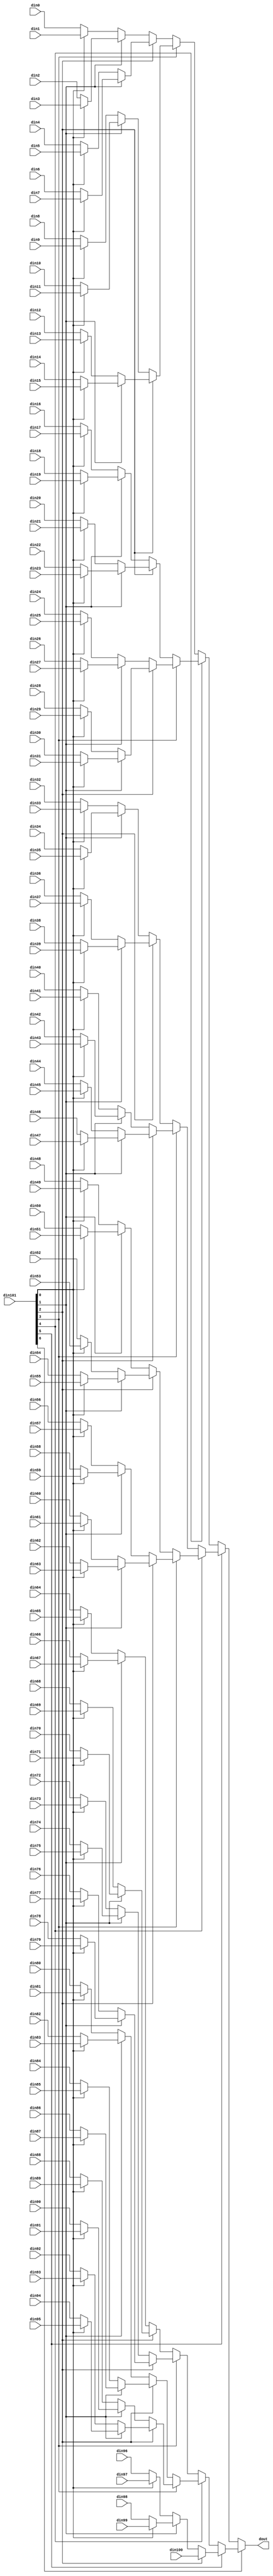
// ==============================================================
// Vitis HLS - High-Level Synthesis from C, C++ and OpenCL v2022.1 (64-bit)
// Tool Version Limit: 2022.04
// Copyright 1986-2022 Xilinx, Inc. All Rights Reserved.
// ==============================================================

`timescale 1ns/1ps

module vadd_mux_1017_32_1_1 #(
parameter
    ID                = 0,
    NUM_STAGE         = 1,
    din0_WIDTH       = 32,
    din1_WIDTH       = 32,
    din2_WIDTH       = 32,
    din3_WIDTH       = 32,
    din4_WIDTH       = 32,
    din5_WIDTH       = 32,
    din6_WIDTH       = 32,
    din7_WIDTH       = 32,
    din8_WIDTH       = 32,
    din9_WIDTH       = 32,
    din10_WIDTH       = 32,
    din11_WIDTH       = 32,
    din12_WIDTH       = 32,
    din13_WIDTH       = 32,
    din14_WIDTH       = 32,
    din15_WIDTH       = 32,
    din16_WIDTH       = 32,
    din17_WIDTH       = 32,
    din18_WIDTH       = 32,
    din19_WIDTH       = 32,
    din20_WIDTH       = 32,
    din21_WIDTH       = 32,
    din22_WIDTH       = 32,
    din23_WIDTH       = 32,
    din24_WIDTH       = 32,
    din25_WIDTH       = 32,
    din26_WIDTH       = 32,
    din27_WIDTH       = 32,
    din28_WIDTH       = 32,
    din29_WIDTH       = 32,
    din30_WIDTH       = 32,
    din31_WIDTH       = 32,
    din32_WIDTH       = 32,
    din33_WIDTH       = 32,
    din34_WIDTH       = 32,
    din35_WIDTH       = 32,
    din36_WIDTH       = 32,
    din37_WIDTH       = 32,
    din38_WIDTH       = 32,
    din39_WIDTH       = 32,
    din40_WIDTH       = 32,
    din41_WIDTH       = 32,
    din42_WIDTH       = 32,
    din43_WIDTH       = 32,
    din44_WIDTH       = 32,
    din45_WIDTH       = 32,
    din46_WIDTH       = 32,
    din47_WIDTH       = 32,
    din48_WIDTH       = 32,
    din49_WIDTH       = 32,
    din50_WIDTH       = 32,
    din51_WIDTH       = 32,
    din52_WIDTH       = 32,
    din53_WIDTH       = 32,
    din54_WIDTH       = 32,
    din55_WIDTH       = 32,
    din56_WIDTH       = 32,
    din57_WIDTH       = 32,
    din58_WIDTH       = 32,
    din59_WIDTH       = 32,
    din60_WIDTH       = 32,
    din61_WIDTH       = 32,
    din62_WIDTH       = 32,
    din63_WIDTH       = 32,
    din64_WIDTH       = 32,
    din65_WIDTH       = 32,
    din66_WIDTH       = 32,
    din67_WIDTH       = 32,
    din68_WIDTH       = 32,
    din69_WIDTH       = 32,
    din70_WIDTH       = 32,
    din71_WIDTH       = 32,
    din72_WIDTH       = 32,
    din73_WIDTH       = 32,
    din74_WIDTH       = 32,
    din75_WIDTH       = 32,
    din76_WIDTH       = 32,
    din77_WIDTH       = 32,
    din78_WIDTH       = 32,
    din79_WIDTH       = 32,
    din80_WIDTH       = 32,
    din81_WIDTH       = 32,
    din82_WIDTH       = 32,
    din83_WIDTH       = 32,
    din84_WIDTH       = 32,
    din85_WIDTH       = 32,
    din86_WIDTH       = 32,
    din87_WIDTH       = 32,
    din88_WIDTH       = 32,
    din89_WIDTH       = 32,
    din90_WIDTH       = 32,
    din91_WIDTH       = 32,
    din92_WIDTH       = 32,
    din93_WIDTH       = 32,
    din94_WIDTH       = 32,
    din95_WIDTH       = 32,
    din96_WIDTH       = 32,
    din97_WIDTH       = 32,
    din98_WIDTH       = 32,
    din99_WIDTH       = 32,
    din100_WIDTH       = 32,
    din101_WIDTH         = 32,
    dout_WIDTH            = 32
)(
    input  [31 : 0]     din0,
    input  [31 : 0]     din1,
    input  [31 : 0]     din2,
    input  [31 : 0]     din3,
    input  [31 : 0]     din4,
    input  [31 : 0]     din5,
    input  [31 : 0]     din6,
    input  [31 : 0]     din7,
    input  [31 : 0]     din8,
    input  [31 : 0]     din9,
    input  [31 : 0]     din10,
    input  [31 : 0]     din11,
    input  [31 : 0]     din12,
    input  [31 : 0]     din13,
    input  [31 : 0]     din14,
    input  [31 : 0]     din15,
    input  [31 : 0]     din16,
    input  [31 : 0]     din17,
    input  [31 : 0]     din18,
    input  [31 : 0]     din19,
    input  [31 : 0]     din20,
    input  [31 : 0]     din21,
    input  [31 : 0]     din22,
    input  [31 : 0]     din23,
    input  [31 : 0]     din24,
    input  [31 : 0]     din25,
    input  [31 : 0]     din26,
    input  [31 : 0]     din27,
    input  [31 : 0]     din28,
    input  [31 : 0]     din29,
    input  [31 : 0]     din30,
    input  [31 : 0]     din31,
    input  [31 : 0]     din32,
    input  [31 : 0]     din33,
    input  [31 : 0]     din34,
    input  [31 : 0]     din35,
    input  [31 : 0]     din36,
    input  [31 : 0]     din37,
    input  [31 : 0]     din38,
    input  [31 : 0]     din39,
    input  [31 : 0]     din40,
    input  [31 : 0]     din41,
    input  [31 : 0]     din42,
    input  [31 : 0]     din43,
    input  [31 : 0]     din44,
    input  [31 : 0]     din45,
    input  [31 : 0]     din46,
    input  [31 : 0]     din47,
    input  [31 : 0]     din48,
    input  [31 : 0]     din49,
    input  [31 : 0]     din50,
    input  [31 : 0]     din51,
    input  [31 : 0]     din52,
    input  [31 : 0]     din53,
    input  [31 : 0]     din54,
    input  [31 : 0]     din55,
    input  [31 : 0]     din56,
    input  [31 : 0]     din57,
    input  [31 : 0]     din58,
    input  [31 : 0]     din59,
    input  [31 : 0]     din60,
    input  [31 : 0]     din61,
    input  [31 : 0]     din62,
    input  [31 : 0]     din63,
    input  [31 : 0]     din64,
    input  [31 : 0]     din65,
    input  [31 : 0]     din66,
    input  [31 : 0]     din67,
    input  [31 : 0]     din68,
    input  [31 : 0]     din69,
    input  [31 : 0]     din70,
    input  [31 : 0]     din71,
    input  [31 : 0]     din72,
    input  [31 : 0]     din73,
    input  [31 : 0]     din74,
    input  [31 : 0]     din75,
    input  [31 : 0]     din76,
    input  [31 : 0]     din77,
    input  [31 : 0]     din78,
    input  [31 : 0]     din79,
    input  [31 : 0]     din80,
    input  [31 : 0]     din81,
    input  [31 : 0]     din82,
    input  [31 : 0]     din83,
    input  [31 : 0]     din84,
    input  [31 : 0]     din85,
    input  [31 : 0]     din86,
    input  [31 : 0]     din87,
    input  [31 : 0]     din88,
    input  [31 : 0]     din89,
    input  [31 : 0]     din90,
    input  [31 : 0]     din91,
    input  [31 : 0]     din92,
    input  [31 : 0]     din93,
    input  [31 : 0]     din94,
    input  [31 : 0]     din95,
    input  [31 : 0]     din96,
    input  [31 : 0]     din97,
    input  [31 : 0]     din98,
    input  [31 : 0]     din99,
    input  [31 : 0]     din100,
    input  [6 : 0]    din101,
    output [31 : 0]   dout);

// puts internal signals
wire [6 : 0]     sel;
// level 1 signals
wire [31 : 0]         mux_1_0;
wire [31 : 0]         mux_1_1;
wire [31 : 0]         mux_1_2;
wire [31 : 0]         mux_1_3;
wire [31 : 0]         mux_1_4;
wire [31 : 0]         mux_1_5;
wire [31 : 0]         mux_1_6;
wire [31 : 0]         mux_1_7;
wire [31 : 0]         mux_1_8;
wire [31 : 0]         mux_1_9;
wire [31 : 0]         mux_1_10;
wire [31 : 0]         mux_1_11;
wire [31 : 0]         mux_1_12;
wire [31 : 0]         mux_1_13;
wire [31 : 0]         mux_1_14;
wire [31 : 0]         mux_1_15;
wire [31 : 0]         mux_1_16;
wire [31 : 0]         mux_1_17;
wire [31 : 0]         mux_1_18;
wire [31 : 0]         mux_1_19;
wire [31 : 0]         mux_1_20;
wire [31 : 0]         mux_1_21;
wire [31 : 0]         mux_1_22;
wire [31 : 0]         mux_1_23;
wire [31 : 0]         mux_1_24;
wire [31 : 0]         mux_1_25;
wire [31 : 0]         mux_1_26;
wire [31 : 0]         mux_1_27;
wire [31 : 0]         mux_1_28;
wire [31 : 0]         mux_1_29;
wire [31 : 0]         mux_1_30;
wire [31 : 0]         mux_1_31;
wire [31 : 0]         mux_1_32;
wire [31 : 0]         mux_1_33;
wire [31 : 0]         mux_1_34;
wire [31 : 0]         mux_1_35;
wire [31 : 0]         mux_1_36;
wire [31 : 0]         mux_1_37;
wire [31 : 0]         mux_1_38;
wire [31 : 0]         mux_1_39;
wire [31 : 0]         mux_1_40;
wire [31 : 0]         mux_1_41;
wire [31 : 0]         mux_1_42;
wire [31 : 0]         mux_1_43;
wire [31 : 0]         mux_1_44;
wire [31 : 0]         mux_1_45;
wire [31 : 0]         mux_1_46;
wire [31 : 0]         mux_1_47;
wire [31 : 0]         mux_1_48;
wire [31 : 0]         mux_1_49;
wire [31 : 0]         mux_1_50;
// level 2 signals
wire [31 : 0]         mux_2_0;
wire [31 : 0]         mux_2_1;
wire [31 : 0]         mux_2_2;
wire [31 : 0]         mux_2_3;
wire [31 : 0]         mux_2_4;
wire [31 : 0]         mux_2_5;
wire [31 : 0]         mux_2_6;
wire [31 : 0]         mux_2_7;
wire [31 : 0]         mux_2_8;
wire [31 : 0]         mux_2_9;
wire [31 : 0]         mux_2_10;
wire [31 : 0]         mux_2_11;
wire [31 : 0]         mux_2_12;
wire [31 : 0]         mux_2_13;
wire [31 : 0]         mux_2_14;
wire [31 : 0]         mux_2_15;
wire [31 : 0]         mux_2_16;
wire [31 : 0]         mux_2_17;
wire [31 : 0]         mux_2_18;
wire [31 : 0]         mux_2_19;
wire [31 : 0]         mux_2_20;
wire [31 : 0]         mux_2_21;
wire [31 : 0]         mux_2_22;
wire [31 : 0]         mux_2_23;
wire [31 : 0]         mux_2_24;
wire [31 : 0]         mux_2_25;
// level 3 signals
wire [31 : 0]         mux_3_0;
wire [31 : 0]         mux_3_1;
wire [31 : 0]         mux_3_2;
wire [31 : 0]         mux_3_3;
wire [31 : 0]         mux_3_4;
wire [31 : 0]         mux_3_5;
wire [31 : 0]         mux_3_6;
wire [31 : 0]         mux_3_7;
wire [31 : 0]         mux_3_8;
wire [31 : 0]         mux_3_9;
wire [31 : 0]         mux_3_10;
wire [31 : 0]         mux_3_11;
wire [31 : 0]         mux_3_12;
// level 4 signals
wire [31 : 0]         mux_4_0;
wire [31 : 0]         mux_4_1;
wire [31 : 0]         mux_4_2;
wire [31 : 0]         mux_4_3;
wire [31 : 0]         mux_4_4;
wire [31 : 0]         mux_4_5;
wire [31 : 0]         mux_4_6;
// level 5 signals
wire [31 : 0]         mux_5_0;
wire [31 : 0]         mux_5_1;
wire [31 : 0]         mux_5_2;
wire [31 : 0]         mux_5_3;
// level 6 signals
wire [31 : 0]         mux_6_0;
wire [31 : 0]         mux_6_1;
// level 7 signals
wire [31 : 0]         mux_7_0;

assign sel = din101;

// Generate level 1 logic
assign mux_1_0 = (sel[0] == 0)? din0 : din1;
assign mux_1_1 = (sel[0] == 0)? din2 : din3;
assign mux_1_2 = (sel[0] == 0)? din4 : din5;
assign mux_1_3 = (sel[0] == 0)? din6 : din7;
assign mux_1_4 = (sel[0] == 0)? din8 : din9;
assign mux_1_5 = (sel[0] == 0)? din10 : din11;
assign mux_1_6 = (sel[0] == 0)? din12 : din13;
assign mux_1_7 = (sel[0] == 0)? din14 : din15;
assign mux_1_8 = (sel[0] == 0)? din16 : din17;
assign mux_1_9 = (sel[0] == 0)? din18 : din19;
assign mux_1_10 = (sel[0] == 0)? din20 : din21;
assign mux_1_11 = (sel[0] == 0)? din22 : din23;
assign mux_1_12 = (sel[0] == 0)? din24 : din25;
assign mux_1_13 = (sel[0] == 0)? din26 : din27;
assign mux_1_14 = (sel[0] == 0)? din28 : din29;
assign mux_1_15 = (sel[0] == 0)? din30 : din31;
assign mux_1_16 = (sel[0] == 0)? din32 : din33;
assign mux_1_17 = (sel[0] == 0)? din34 : din35;
assign mux_1_18 = (sel[0] == 0)? din36 : din37;
assign mux_1_19 = (sel[0] == 0)? din38 : din39;
assign mux_1_20 = (sel[0] == 0)? din40 : din41;
assign mux_1_21 = (sel[0] == 0)? din42 : din43;
assign mux_1_22 = (sel[0] == 0)? din44 : din45;
assign mux_1_23 = (sel[0] == 0)? din46 : din47;
assign mux_1_24 = (sel[0] == 0)? din48 : din49;
assign mux_1_25 = (sel[0] == 0)? din50 : din51;
assign mux_1_26 = (sel[0] == 0)? din52 : din53;
assign mux_1_27 = (sel[0] == 0)? din54 : din55;
assign mux_1_28 = (sel[0] == 0)? din56 : din57;
assign mux_1_29 = (sel[0] == 0)? din58 : din59;
assign mux_1_30 = (sel[0] == 0)? din60 : din61;
assign mux_1_31 = (sel[0] == 0)? din62 : din63;
assign mux_1_32 = (sel[0] == 0)? din64 : din65;
assign mux_1_33 = (sel[0] == 0)? din66 : din67;
assign mux_1_34 = (sel[0] == 0)? din68 : din69;
assign mux_1_35 = (sel[0] == 0)? din70 : din71;
assign mux_1_36 = (sel[0] == 0)? din72 : din73;
assign mux_1_37 = (sel[0] == 0)? din74 : din75;
assign mux_1_38 = (sel[0] == 0)? din76 : din77;
assign mux_1_39 = (sel[0] == 0)? din78 : din79;
assign mux_1_40 = (sel[0] == 0)? din80 : din81;
assign mux_1_41 = (sel[0] == 0)? din82 : din83;
assign mux_1_42 = (sel[0] == 0)? din84 : din85;
assign mux_1_43 = (sel[0] == 0)? din86 : din87;
assign mux_1_44 = (sel[0] == 0)? din88 : din89;
assign mux_1_45 = (sel[0] == 0)? din90 : din91;
assign mux_1_46 = (sel[0] == 0)? din92 : din93;
assign mux_1_47 = (sel[0] == 0)? din94 : din95;
assign mux_1_48 = (sel[0] == 0)? din96 : din97;
assign mux_1_49 = (sel[0] == 0)? din98 : din99;
assign mux_1_50 = din100;

// Generate level 2 logic
assign mux_2_0 = (sel[1] == 0)? mux_1_0 : mux_1_1;
assign mux_2_1 = (sel[1] == 0)? mux_1_2 : mux_1_3;
assign mux_2_2 = (sel[1] == 0)? mux_1_4 : mux_1_5;
assign mux_2_3 = (sel[1] == 0)? mux_1_6 : mux_1_7;
assign mux_2_4 = (sel[1] == 0)? mux_1_8 : mux_1_9;
assign mux_2_5 = (sel[1] == 0)? mux_1_10 : mux_1_11;
assign mux_2_6 = (sel[1] == 0)? mux_1_12 : mux_1_13;
assign mux_2_7 = (sel[1] == 0)? mux_1_14 : mux_1_15;
assign mux_2_8 = (sel[1] == 0)? mux_1_16 : mux_1_17;
assign mux_2_9 = (sel[1] == 0)? mux_1_18 : mux_1_19;
assign mux_2_10 = (sel[1] == 0)? mux_1_20 : mux_1_21;
assign mux_2_11 = (sel[1] == 0)? mux_1_22 : mux_1_23;
assign mux_2_12 = (sel[1] == 0)? mux_1_24 : mux_1_25;
assign mux_2_13 = (sel[1] == 0)? mux_1_26 : mux_1_27;
assign mux_2_14 = (sel[1] == 0)? mux_1_28 : mux_1_29;
assign mux_2_15 = (sel[1] == 0)? mux_1_30 : mux_1_31;
assign mux_2_16 = (sel[1] == 0)? mux_1_32 : mux_1_33;
assign mux_2_17 = (sel[1] == 0)? mux_1_34 : mux_1_35;
assign mux_2_18 = (sel[1] == 0)? mux_1_36 : mux_1_37;
assign mux_2_19 = (sel[1] == 0)? mux_1_38 : mux_1_39;
assign mux_2_20 = (sel[1] == 0)? mux_1_40 : mux_1_41;
assign mux_2_21 = (sel[1] == 0)? mux_1_42 : mux_1_43;
assign mux_2_22 = (sel[1] == 0)? mux_1_44 : mux_1_45;
assign mux_2_23 = (sel[1] == 0)? mux_1_46 : mux_1_47;
assign mux_2_24 = (sel[1] == 0)? mux_1_48 : mux_1_49;
assign mux_2_25 = mux_1_50;

// Generate level 3 logic
assign mux_3_0 = (sel[2] == 0)? mux_2_0 : mux_2_1;
assign mux_3_1 = (sel[2] == 0)? mux_2_2 : mux_2_3;
assign mux_3_2 = (sel[2] == 0)? mux_2_4 : mux_2_5;
assign mux_3_3 = (sel[2] == 0)? mux_2_6 : mux_2_7;
assign mux_3_4 = (sel[2] == 0)? mux_2_8 : mux_2_9;
assign mux_3_5 = (sel[2] == 0)? mux_2_10 : mux_2_11;
assign mux_3_6 = (sel[2] == 0)? mux_2_12 : mux_2_13;
assign mux_3_7 = (sel[2] == 0)? mux_2_14 : mux_2_15;
assign mux_3_8 = (sel[2] == 0)? mux_2_16 : mux_2_17;
assign mux_3_9 = (sel[2] == 0)? mux_2_18 : mux_2_19;
assign mux_3_10 = (sel[2] == 0)? mux_2_20 : mux_2_21;
assign mux_3_11 = (sel[2] == 0)? mux_2_22 : mux_2_23;
assign mux_3_12 = (sel[2] == 0)? mux_2_24 : mux_2_25;

// Generate level 4 logic
assign mux_4_0 = (sel[3] == 0)? mux_3_0 : mux_3_1;
assign mux_4_1 = (sel[3] == 0)? mux_3_2 : mux_3_3;
assign mux_4_2 = (sel[3] == 0)? mux_3_4 : mux_3_5;
assign mux_4_3 = (sel[3] == 0)? mux_3_6 : mux_3_7;
assign mux_4_4 = (sel[3] == 0)? mux_3_8 : mux_3_9;
assign mux_4_5 = (sel[3] == 0)? mux_3_10 : mux_3_11;
assign mux_4_6 = mux_3_12;

// Generate level 5 logic
assign mux_5_0 = (sel[4] == 0)? mux_4_0 : mux_4_1;
assign mux_5_1 = (sel[4] == 0)? mux_4_2 : mux_4_3;
assign mux_5_2 = (sel[4] == 0)? mux_4_4 : mux_4_5;
assign mux_5_3 = mux_4_6;

// Generate level 6 logic
assign mux_6_0 = (sel[5] == 0)? mux_5_0 : mux_5_1;
assign mux_6_1 = (sel[5] == 0)? mux_5_2 : mux_5_3;

// Generate level 7 logic
assign mux_7_0 = (sel[6] == 0)? mux_6_0 : mux_6_1;

// output logic
assign dout = mux_7_0;

endmodule